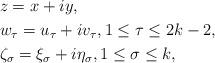
LaTeX: \begin{align*}&z=x+iy,\\&w_\tau=u_\tau+iv_\tau,1\leq \tau\leq 2k-2,\\&\zeta_\sigma=\xi_\sigma+i\eta_\sigma, 1\leq \sigma\leq k ,\end{align*}